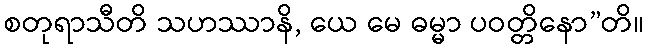
စတုရာသီတိ သဟဿာနိ, ယေ မေ ဓမ္မာ ပဝတ္တိနော”တိ။